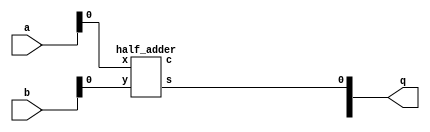
`timescale 1ns/10ps
module adder_32(a, b, q);
    input   [31:0]  a, b;
    output  [31:0]  q;
    wire            carry_out;
    wire    [31:0]  carry;
   
    genvar i;
    generate 
        for(i = 0; i < 32; i = i + 1)
            begin: gen_32_bit_Adder
                if(i==0) 
                    half_adder f(a[0],b[0],q[0],carry[0]);
                else
                    full_adder f(a[i],b[i],carry[i-1],b[i],carry[i]);
            end
        assign carry_out = carry[31];
    endgenerate
endmodule 

module half_adder(x,y,s,c);
    input x,y;
    output s,c;
    assign s=x^y;
    assign c=x&y;
endmodule // half adder

module full_adder(x,y,c_in,s,c_out);
    input x,y,c_in;
    output s,c_out;
    assign s = (x^y) ^ c_in;
    assign c_out = (y&c_in)| (x&y) | (x&c_in);
endmodule // full_adder